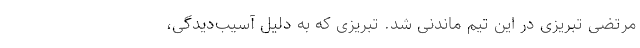
مرتضی تبریزی در این تیم ماندنی شد. تبریزی که به دلیل آسیب‌دیدگی،